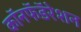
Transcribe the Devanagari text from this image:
कॉनफॅडॅरेशन